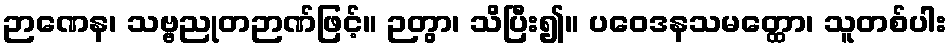
ဉာဏေန၊ သဗ္ဗညုတဉာဏ်ဖြင့်။ ဉတွာ၊ သိပြီး၍။ ပဝေဒနသမတ္ထော၊ သူတစ်ပါး